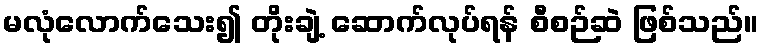
မလုံလောက်သေး၍ တိုးချဲ့ ဆောက်လုပ်ရန် စီစဉ်ဆဲ ဖြစ်သည်။